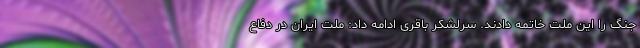
جنگ را این ملت خاتمه دادند. سرلشکر باقری ادامه داد: ملت ایران در دفاع